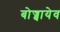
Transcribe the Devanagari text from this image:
बोज्बायेव